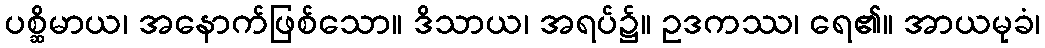
ပစ္ဆိမာယ၊ အနောက်ဖြစ်သော။ ဒိသာယ၊ အရပ်၌။ ဥဒကဿ၊ ရေ၏။ အာယမုခံ၊